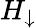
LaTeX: H_{\downarrow}